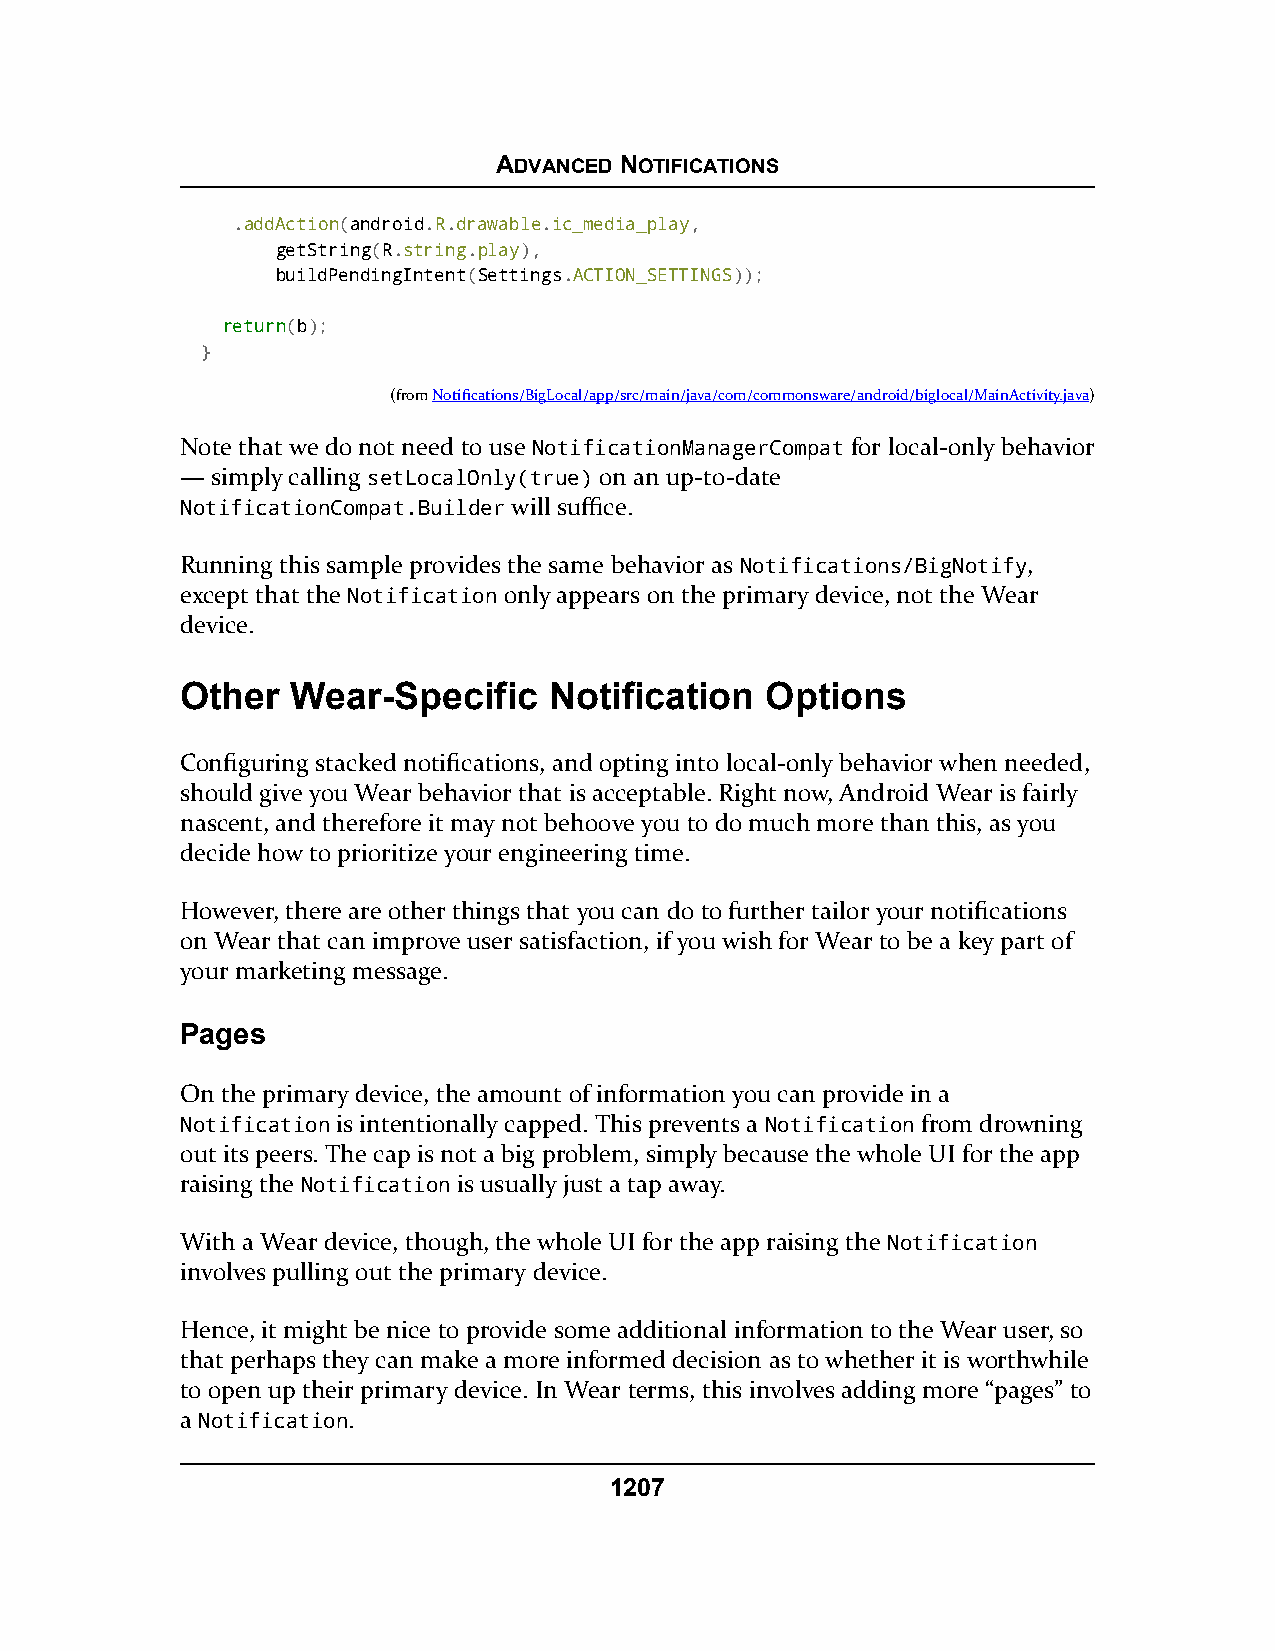
ADVANCED NOTIFICATIONS
 .addAction(android.R.drawable.ic_media_play,
 getString(R.string.play),
 buildPendingIntent(Settings.ACTION_SETTINGS));
 rreettuurrnn(b);
 }
 (fromNotifications/BigLocal/app/src/main/java/com/commonsware/android/biglocal/MainActivity.java)
 Note that we do not need to use NotificationManagerCompat for local-only behavior
 — simply calling setLocalOnly(true) on an up-to-date
 NotificationCompat.Builder will suffice.
 Running this sample provides the same behavior as Notifications/BigNotify,
 except that the Notification only appears on the primary device, not the Wear
 device.
 Other  Wear-Specific    Notification   Options
 Configuring stacked notifications, and opting into local-only behavior when needed,
 should give you Wear behavior that is acceptable. Right now, Android Wear is fairly
 nascent, and therefore it may not behoove you to do much more than this, as you
 decide how to prioritize your engineering time.
 However, there are other things that you can do to further tailor your notifications
 on Wear that can improve user satisfaction, if you wish for Wear to be a key part of
 your marketing message.
 Pages
 On the primary device, the amount of information you can provide in a
 Notification is intentionally capped. This prevents a Notification from drowning
 out its peers. The cap is not a big problem, simply because the whole UI for the app
 raising the Notification is usually just a tap away.
 With a Wear device, though, the whole UI for the app raising the Notification
 involves pulling out the primary device.
 Hence, it might be nice to provide some additional information to the Wear user, so
 that perhaps they can make a more informed decision as to whether it is worthwhile
 to open up their primary device. In Wear terms, this involves adding more “pages” to
 a Notification.
 1207